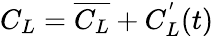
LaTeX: C_{L}=\overline{{C_{L}}}+C_{L}^{'}(t)